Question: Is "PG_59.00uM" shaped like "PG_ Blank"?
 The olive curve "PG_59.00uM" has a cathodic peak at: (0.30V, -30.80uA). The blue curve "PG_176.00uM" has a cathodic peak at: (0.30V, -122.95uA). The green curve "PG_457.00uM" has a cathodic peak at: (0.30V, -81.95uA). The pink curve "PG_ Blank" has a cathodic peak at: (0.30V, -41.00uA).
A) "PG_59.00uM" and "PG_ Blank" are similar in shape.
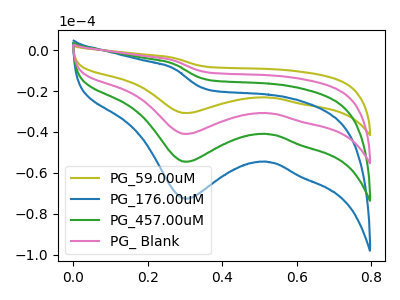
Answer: <think>All the peaks in "PG_59.00uM" have a peak in "PG_ Blank" at the same potential. Every peak in "PG_59.00uM" is lower than every peak in "PG_ Blank".
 </think>
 <answer>A) "PG_59.00uM" and "PG_ Blank" are similar in shape.</answer>
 <eval>A</eval>